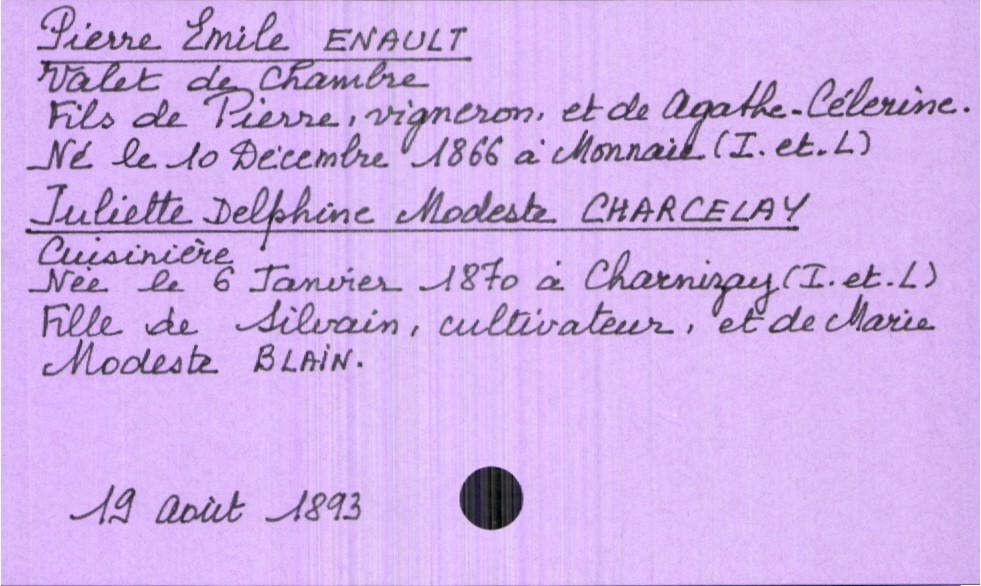
type_acte: Mariage
année: 1893
mois: août
jour: 19
marié_nom: Enault
marié_prénom: Pierre Emile
marié_profession: valet de chambre
marié_date_de_naissance: 10 décembre 1866
marié_lieu_de_naissance: Monnaie (Indre-et-Loire)
père_marié_nom: Enault
père_marié_prénom: Pierre
père_marié_profession: vigneron
mère_marié_nom: Célerine
mère_marié_prénom: Agathe
mariée_nom: Charcelay
mariée_prénom: Juliette Delphine Modeste
mariée_profession: cuisinière
mariée_date_de_naissance: 6 janvier 1870
mariée_lieu_de_naissance: Charnizay (Indre-et-Loire)
père_mariée_nom: Charcelay
père_mariée_prénom: Silvain
père_mariée_profession: cultivateur
mère_mariée_nom: Blain
mère_mariée_prénom: Marie Modeste